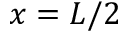
x = L / 2